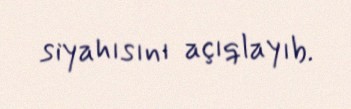
siyahısını açıqlayıb.